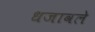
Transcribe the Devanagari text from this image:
धजावले